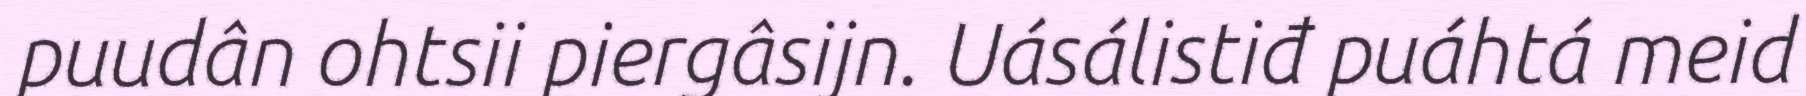
puudân ohtsii piergâsijn. Uásálistiđ puáhtá meid